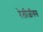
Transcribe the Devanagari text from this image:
रेलीजीयस